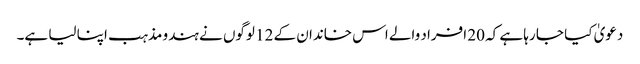
دعویٰ کیا جا رہا ہے کہ 20 افراد والے اس خاندان کے 12 لوگوں نے ہندو مذہب اپنا لیا ہے۔